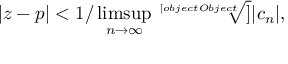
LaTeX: | z - p | < 1 / \operatorname* { l i m s u p } _ { n \rightarrow \infty } { \sqrt [ [object Object] ] { | c _ { n } | } } ,